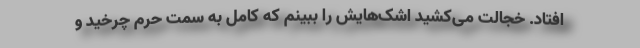
افتاد. خجالت می‌کشید اشک‌هایش را ببینم که کامل به سمت حرم چرخید و